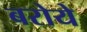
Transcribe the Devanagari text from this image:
बरोये